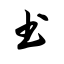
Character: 书